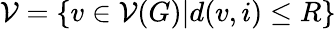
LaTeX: \mathcal{V}=\left\{ v\in\mathcal{V}(G)|d(v,i)\leq R\right\}